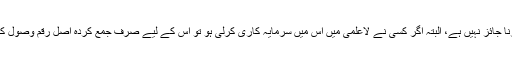
واضح رہے کہ ہماری تحقیق کے مطابق میوچل فنڈ میں سرمایہ کاری کرنا جائز نہیں ہے، البتہ اگر کسی نے لاعلمی میں اس میں سرمایہ کاری کرلی ہو تو اس کے لیے صرف جمع کردہ اصل رقم وصول کرنا جائز ہوگا، اضافی رقم مالیاتی ادارے سے لینے کی اجازت نہیں ہوگی۔